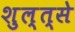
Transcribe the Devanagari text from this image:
शुल्त्से